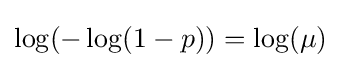
\log(-\log(1-p))=\log(\mu )